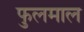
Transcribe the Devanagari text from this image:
फुलमाल